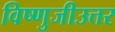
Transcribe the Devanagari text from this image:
विष्णुजीउत्तर